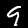
Label: 9